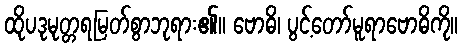
ထိုပဒုမုတ္တရမြတ်စွာဘုရား၏။ ဗောဓိ၊ ပွင့်တော်မူရာဗောဓိကို။